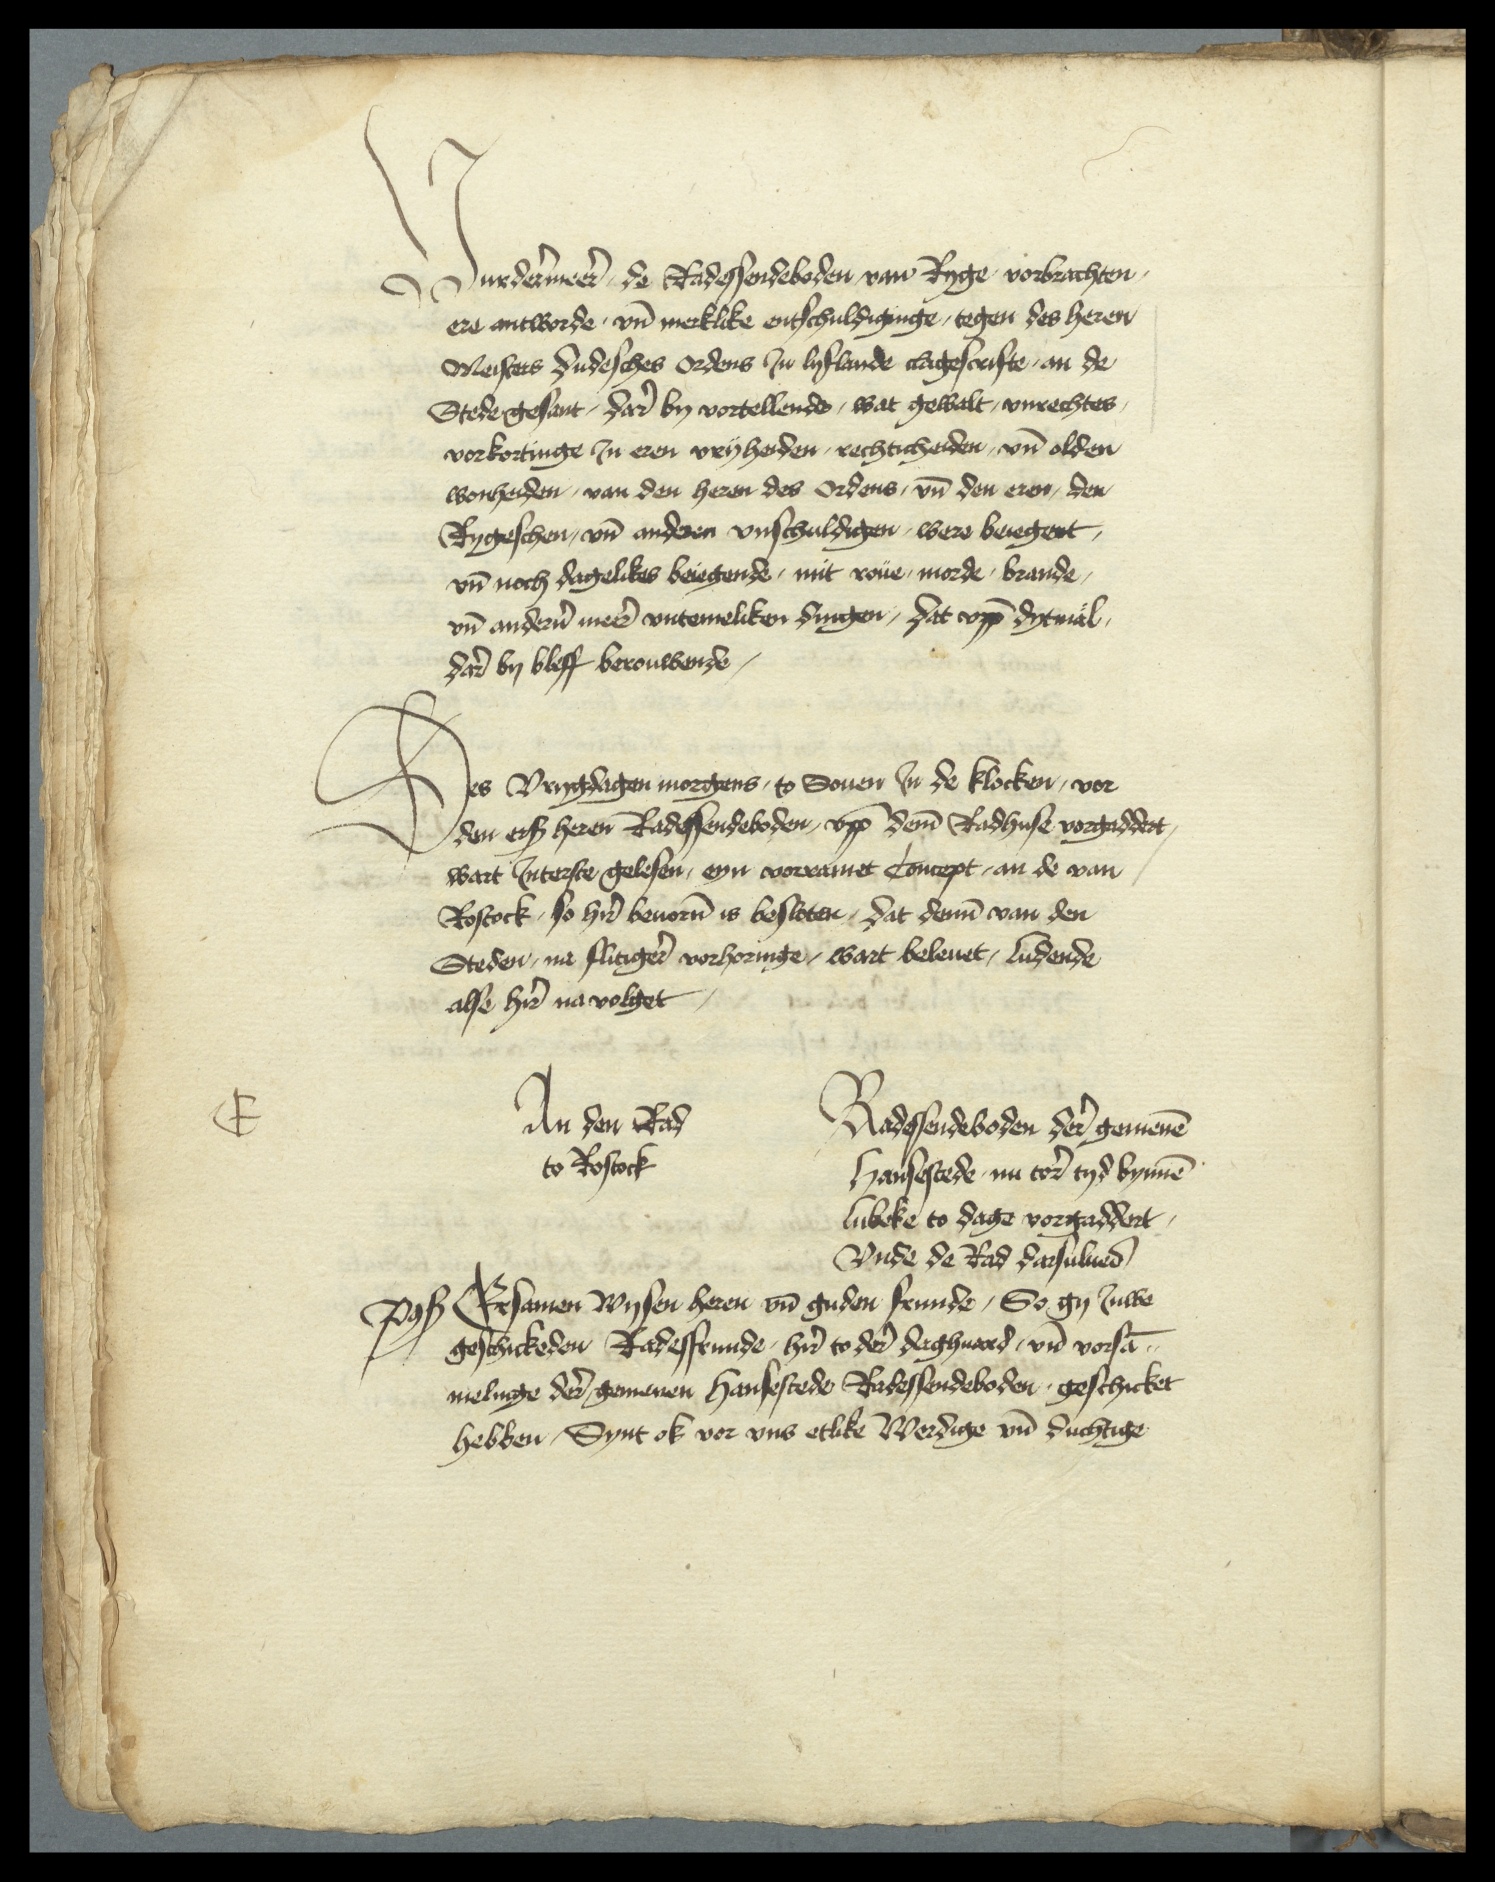
Vurdermeer de Radessendeboden van Ryge vorbrachten,
ere antworde vnd merklike entschuldiginge, tegen des heren
Meisters dudesches ordens Jn Lyflande clagescrifte, an de
Stede gesant, dar by vortellende, wat gewalt, vnmechtes
vorkortinge Jn eren vryheiden, rechticheiden, vnd olden
wonheiden, van den heren des ordens, vnd den eren, den
Rygeschen, vnd anderen vnschuldigen, were beiegent
vnd noch dagelikes beiegende, mit roue, morde, brande,
vnd anderen meer vntemeliken dingen, dat vppen dytmal
dar by bleff berouwende,

Des vrygdagen morgens, to Souen Jn de klocken, vor
den erscreuen heren Radessendeboden, vpp deme Radhuse vorgaddert,
wart Jnterste gelesen, eyn vorramet Concept, an de van
Rostock, so hir beuorn is besloten, dat dennen van den
Steden, na flitiger vorhoringe, wart beleuet, ludende
alse hir na volget,

E

An den Rad
to Rostock
Radessendeboden der gemenen
Hansestede nu tor tyd bynnen
Lubeke to dage vorgaddert
Vnde de Rad darsulued
Poß Ersamen Wysen heren vnd guden frunde, So gy Juwe
geschickeden Radesfrunde, hir to der daghuard, vnd vorsam¬
melinge der gemenen hansestede Radessendeboden geschicket
hebben, Synt ok vor vns etlike Werdige vnd duchtige